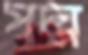
পদ্ম